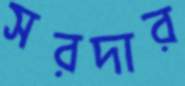
সরদার